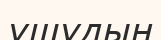
үшудың